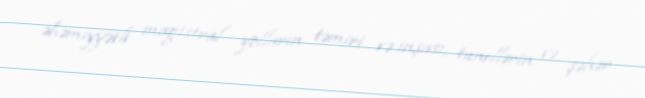
əhəmiyyətli magistral yolların təmiri və inşası, tunellərin və şəhər